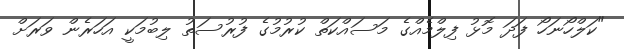
"ކަލްހޯނަހޯ ފަދަ މޮޅު ފިލްމެއްގެ މަސައްކަތް ކުރުމުގެ ފުރުސަތު ލިބުމަކީ އަހަރެން ވަރަށް